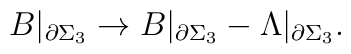
B|_{\partial\Sigma_3}\rightarrow B|_{\partial \Sigma_3}-\Lambda|_{\partial\Sigma_3}.